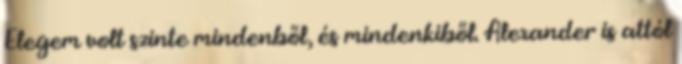
Elegem volt szinte mindenből, és mindenkiből. Alexander is attól